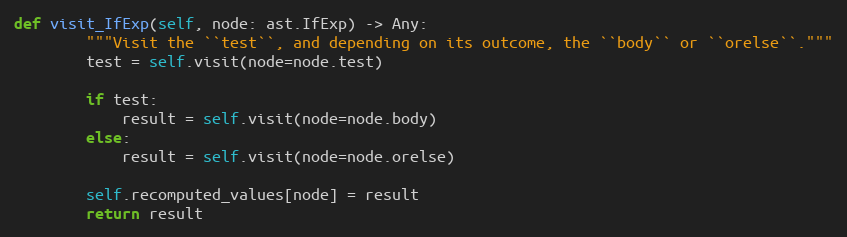
Language: Python
def visit_IfExp(self, node: ast.IfExp) -> Any:
        """Visit the ``test``, and depending on its outcome, the ``body`` or ``orelse``."""
        test = self.visit(node=node.test)

        if test:
            result = self.visit(node=node.body)
        else:
            result = self.visit(node=node.orelse)

        self.recomputed_values[node] = result
        return result